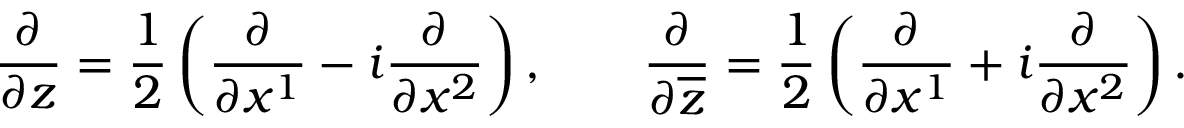
\frac { \partial } { \partial z } = \frac { 1 } { 2 } \left( \frac { \partial } { \partial x ^ { 1 } } - i \frac { \partial } { \partial x ^ { 2 } } \right) , \qquad \frac { \partial } { \partial \overline { { z } } } = \frac { 1 } { 2 } \left( \frac { \partial } { \partial x ^ { 1 } } + i \frac { \partial } { \partial x ^ { 2 } } \right) .